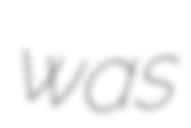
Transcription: was